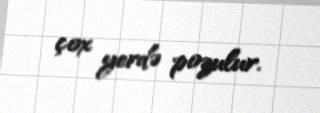
çox yerdə pozulur.